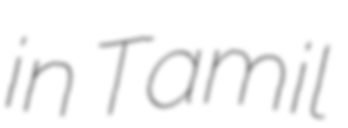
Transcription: in Tamil